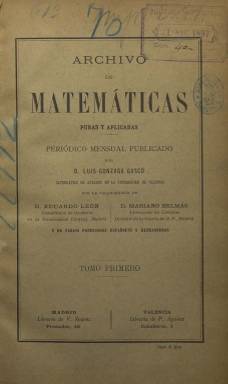
Título: Archivo de matemáticas puras y aplicadas
Colección: Ciencias
Ámbito geográfico: Valencia
Lugar de publicación: Valencia
Fechas: 01/01/1896-31/12/1896

Revista mensual especializada de 20 páginas editada en Valencia que da una buena idea del alto nivel que había alcanzado la ciencia matemática española a finales del siglo XIX. Fundada y dirigida por el catedrático Luis Gonzaga Gascó, sus objetivos expuestos en el primer número eran: Divulgar los trabajos de los colegas valencianos y españoles, establecer relaciones personales con los matemáticos de la comunidad científica internacional, traducir trabajos publicados en revistas extranjeras y, finalmente, editar memorias científicas clásicas siguiendo el ejemplo de algunas sociedades científicas.

   Como muestra de los contenidos de la revista, he aquí algunos de los recogidos en el índice: Tablas logarítmicas de adición y sustracción; diagramas mnemónicos de trigonometría; teoría sucinta de las funciones hiperbólicas; distancias focales de espejos y lentes; curiosidades: numeración egipcia, numeración hebrea, numeración china; fórmulas fundamentales de geometría tricircular y tetraesférica.

   Una de las secciones que para el no iniciado en las matemáticas podría resultar más interesante o curiosa es la titulada ‘Cuestiones propuestas’, que son problemas matemáticos para cuya resolución era necesaria no solo competencia científica sino también una buena dosis de ingenio.

   La publicación llegó a editar 20 números ininterrumpidos en 1896 y 1897, y concluyó ese último año poco antes de la muerte de su fundador, Luis Gonzaga Gascó, extraordinaria personalidad de la ciencia y la cultura valenciana del siglo XIX cuyo intereses intelectuales iban más allá de las matemáticas, pues era licenciado en Filosofía y Letras y doctor en Ciencias y en Derecho civil y canónico.

  En 1893 obtuvo la cátedra de Análisis Matemático de la Universidad de Valencia, puesto desde donde impulsó la creación de la revista, en la que contó con la colaboración de Cecilio Jiménez de Rueda, quien en 1897 ocuparía la cátedra de Geometría. Ese mismo año Luis González Gascó tuvo la oportunidad de participar en el Primer Congreso Internacional de  Matemáticos, celebrado en Zurich.

   Para más información sobre Gascó y el Archivo de Matemáticas puras y aplicadas puede consultarse la comunicación de Josep Aznar García titulada:  Contribución a la historia de la matemática española de finales del siglo XIX: Luis Gascó (1846-1899) y el Archivo de Matemáticas, disponible a texto completo en el portal de difusión Dialnet.

[Descripción publicada el 10/09/2018]